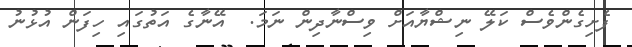
ފެށިގެންވެސް ކަލޭ ނިޝްޔާއަށް ވިސްނާދިން ނަމަ.  އޭނާގެ އަތުގައި ހިފަން އުޅުނު